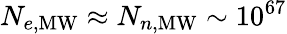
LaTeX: N_{e,\mathrm{MW}}\approx N_{n,\mathrm{MW}}\sim 10^{67}